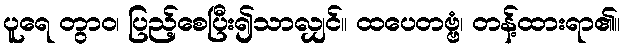
ပူရေ တွာဝ၊ ပြည့်စေပြီး၍သာလျှင်။ ထပေတဗ္ဗံ၊ တန့်ထားရာ၏။